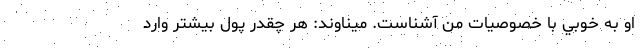
او به خوبي با خصوصيات من آشناست. ميناوند: هر چقدر پول بيشتر وارد